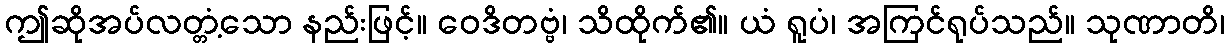
ဤဆိုအပ်လတ္တံ့သော နည်းဖြင့်။ ဝေဒိတဗ္ဗံ၊ သိထိုက်၏။ ယံ ရူပံ၊ အကြင်ရုပ်သည်။ သုဏာတိ၊